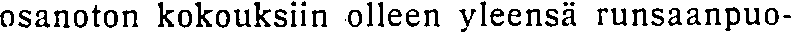
osanoton kokouksiin olleen yleensä runsaanpuo-